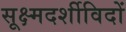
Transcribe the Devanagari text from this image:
सूक्ष्मदर्शीविदों